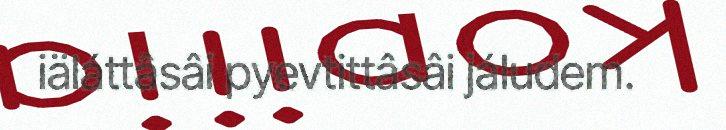
iäláttâsâi pyevtittâsâi jáludem.